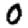
Digit: 0